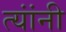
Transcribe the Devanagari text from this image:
त्‍यांंनी